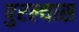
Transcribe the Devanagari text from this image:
पुरल्यास